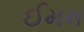
ઈમમ